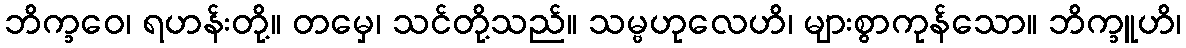
ဘိက္ခဝေ၊ ရဟန်းတို့။ တမှေ၊ သင်တို့သည်။ သမ္ဗဟုလေဟိ၊ များစွာကုန်သော။ ဘိက္ခူဟိ၊